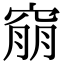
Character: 𥦜